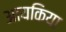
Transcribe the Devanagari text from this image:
आयकिया